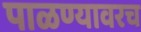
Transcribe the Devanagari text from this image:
पाळण्यावरच